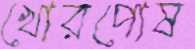
খোরপোষ